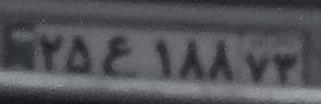
۲۵ع۱۸۸۷۳